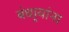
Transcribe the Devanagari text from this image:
बंधार्‍यांना